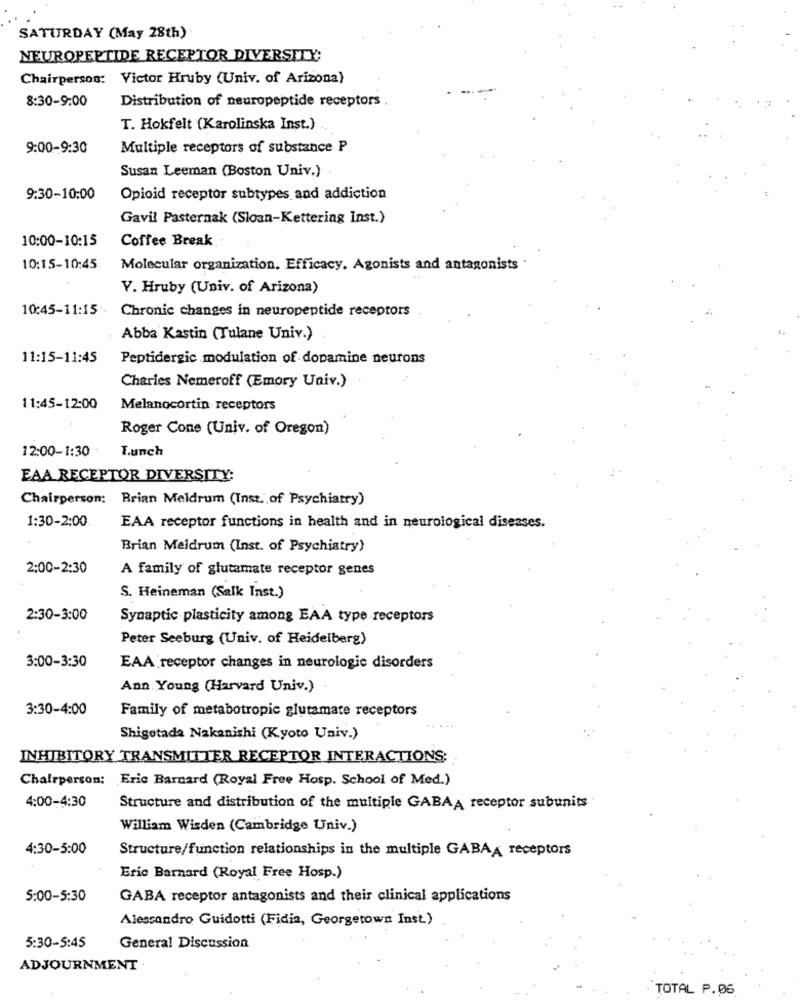
SATURDAY (May 28th)
NEUROPEPTIDE RECEPTOR DIVERSITY:
Chairperson: Victor Hruby (Univ. of Arizona)
8:30-9:00
Distribution of neuropeptide receptors
T. Hokfelt (Karolinska Inst.)
9:00-9:30
Multiple receptors of substance P
Susan Leeman (Boston Univ.)
9:30-10:00
Opioid receptor subtypes and addiction
Gavil Pasternak (Sloan-Kettering Inst.)
10:00-10:15
Coffee Break.
10:15-10:45
Molecular organization. Efficacy. Agonists and antagonists
V. Hruby (Univ. of Arizona)
10:45-11:15
Chronic changes in neuropeptide receptors
Abba Kastin (Tulane Univ.)
11:15-11:45
Peptidergic modulation of dopamine neurons
Charles Nemeroff (Emory Univ.)
11:45-12:00
Melanocortin receptors
Roger Cone (Univ. of Oregon)
12:00-1:30
I.unch
EAA RECEPTOR DIVERSITY:
Chairperson: Brian Meldrum (Inst.', of Psychiatry)
1:30-2:00
EAA receptor functions in health and in neurological diseases.
Brian Meldrum (Inst. of Psychiatry)
2:00-2:30
A family of glutamate receptor genes
S. Heineman (Salk Inst.)
2:30-3:00
Synaptic plasticity among EAA type receptors
Peter Seeburg (Univ. of Heidelberg)
3:00-3:30
EAA receptor changes in neurologie disorders
Ann Young (Harvard Univ.)
3:30-4:00
Family of metabotropic glutamate receptors
Shigetada Nakanishi (Kyoto Univ.)
INHIBITORY TRANSMITTER RECEPTOR INTERACTIONS:
Chairperson: Eric Barnard (Royal Free Hosp. School of Med.)
4:00-4:30
Structure and distribution of the multiple GABAA receptor subunits
William Wisden (Cambridge Univ.)
4:30-5:00
Structure/function relationships in the multiple GABAA receptors
Eric Barnard (Royal Free Hosp.)
5:00-5:30
GABA receptor antagonists and their clinical applications
Alessandro Guidotti (Fidia, Georgetown Inst.)
5:30-5:45
General Discussion
ADJOURNMENT
TOTAL P.06